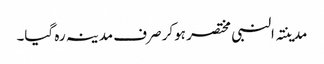
مدینتہ النبی مختصر ہوکر صرف مدینہ رہ گیا۔